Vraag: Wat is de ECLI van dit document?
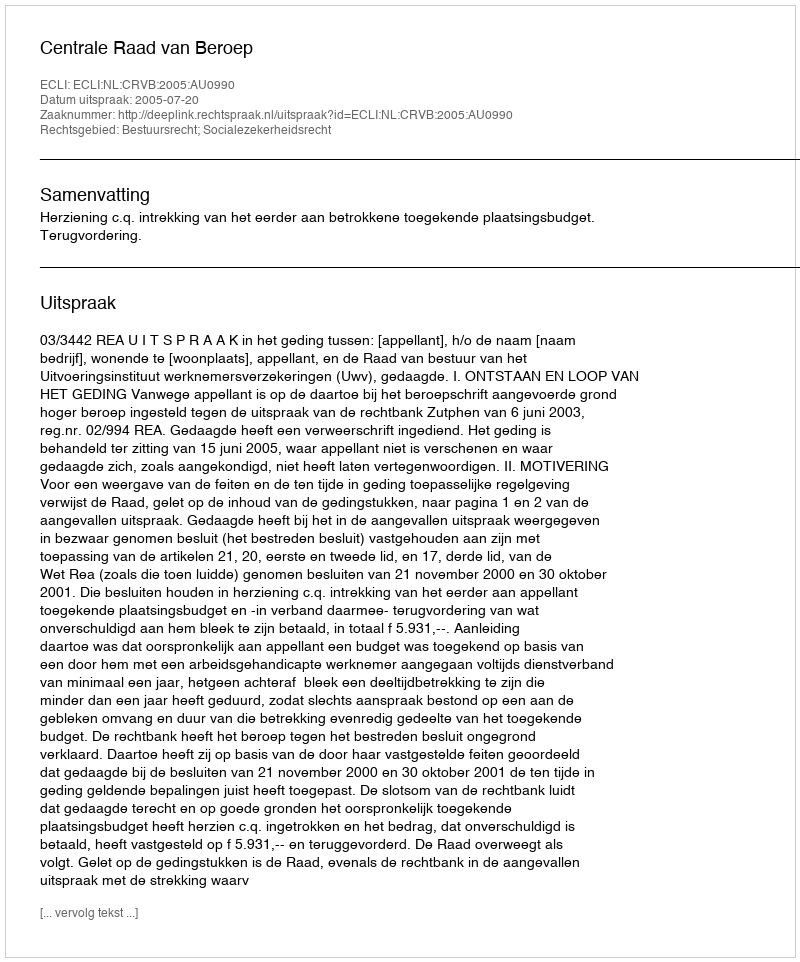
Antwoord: ECLI:NL:CRVB:2005:AU0990